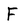
Character: F